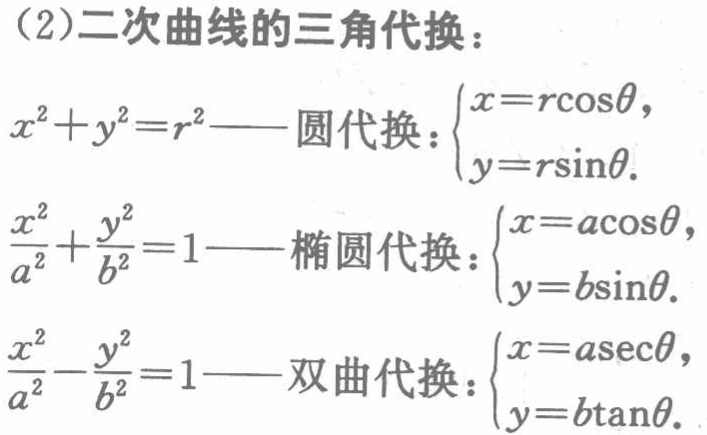
(2)二次曲线的三角代换：

\(x^{2}+y^{2}=r^{2}\)——圆代换：\(\begin{cases}x = r\cos\theta,\\y = r\sin\theta.\end{cases}\)

\(\frac{x^{2}}{a^{2}}+\frac{y^{2}}{b^{2}} = 1\)——椭圆代换：\(\begin{cases}x = a\cos\theta,\\y = b\sin\theta.\end{cases}\)

\(\frac{x^{2}}{a^{2}}-\frac{y^{2}}{b^{2}} = 1\)——双曲代换：\(\begin{cases}x = a\sec\theta,\\y = b\tan\theta.\end{cases}\)